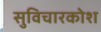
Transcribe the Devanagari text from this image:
सुविचारकोश